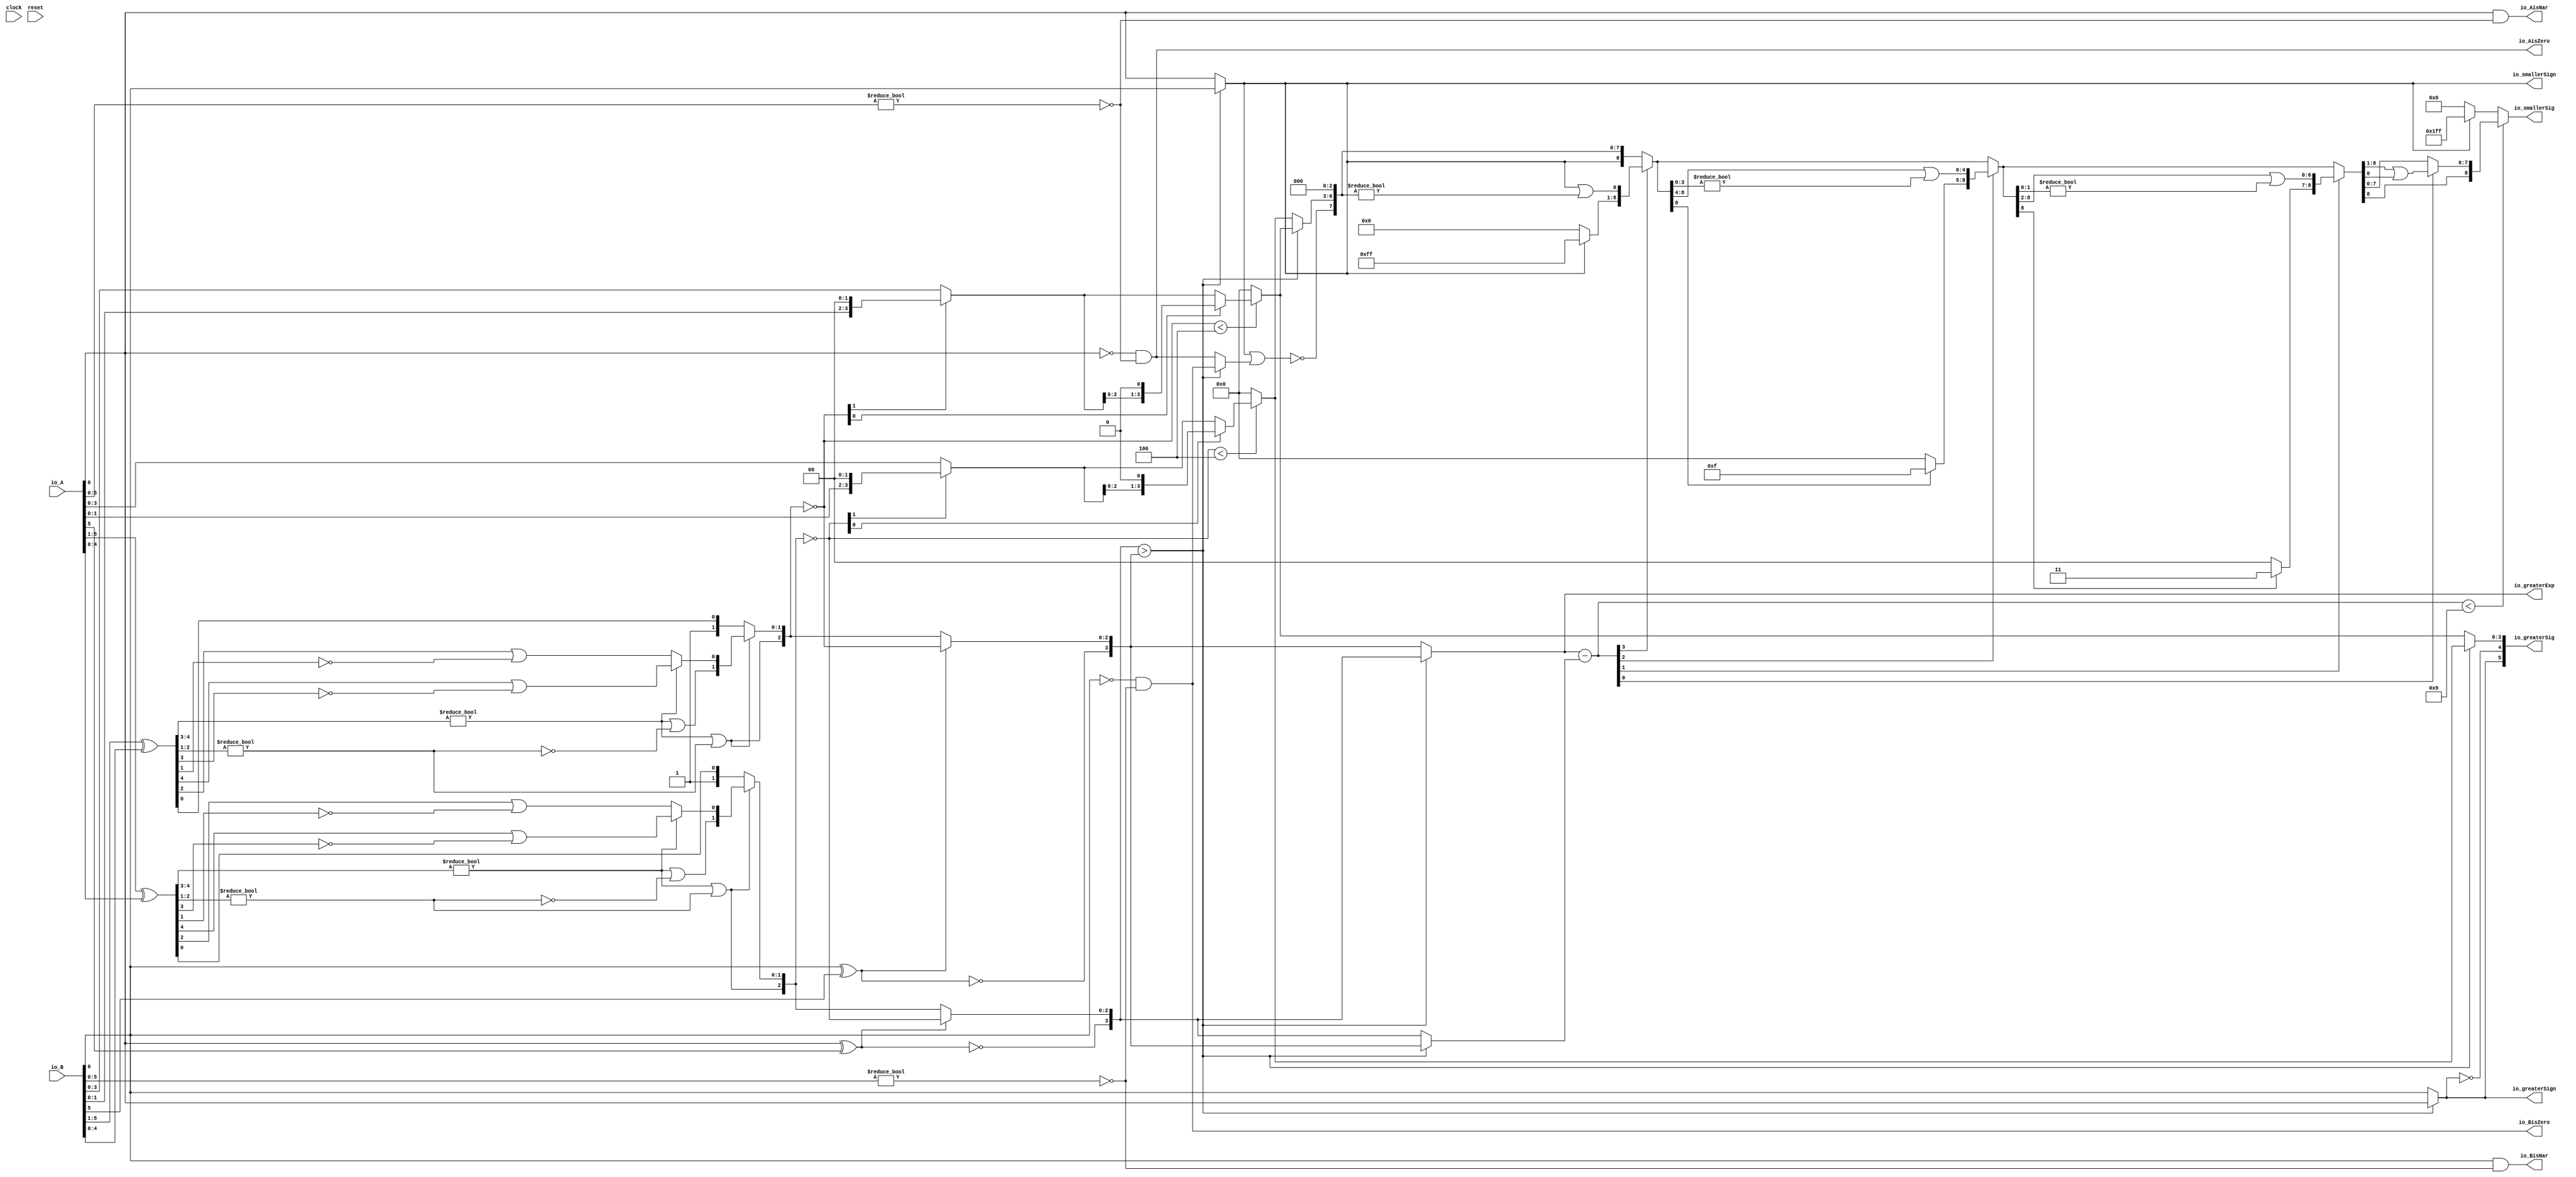
module Sig_op7_0(
  input        clock,
  input        reset,
  input  [6:0] io_A,
  input  [6:0] io_B,
  output       io_greaterSign,
  output       io_smallerSign,
  output [3:0] io_greaterExp,
  output [5:0] io_greaterSig,
  output [8:0] io_smallerSig,
  output       io_AisNar,
  output       io_BisNar,
  output       io_AisZero,
  output       io_BisZero
);
  wire  _T_1; // @[convert.scala 18:24]
  wire  _T_2; // @[convert.scala 18:40]
  wire  _T_3; // @[convert.scala 18:36]
  wire [4:0] _T_4; // @[convert.scala 19:24]
  wire [4:0] _T_5; // @[convert.scala 19:43]
  wire [4:0] _T_6; // @[convert.scala 19:39]
  wire [3:0] _T_7; // @[LZD.scala 43:32]
  wire [1:0] _T_8; // @[LZD.scala 43:32]
  wire  _T_9; // @[LZD.scala 39:14]
  wire  _T_10; // @[LZD.scala 39:21]
  wire  _T_11; // @[LZD.scala 39:30]
  wire  _T_12; // @[LZD.scala 39:27]
  wire  _T_13; // @[LZD.scala 39:25]
  wire [1:0] _T_14; // @[Cat.scala 29:58]
  wire [1:0] _T_15; // @[LZD.scala 44:32]
  wire  _T_16; // @[LZD.scala 39:14]
  wire  _T_17; // @[LZD.scala 39:21]
  wire  _T_18; // @[LZD.scala 39:30]
  wire  _T_19; // @[LZD.scala 39:27]
  wire  _T_20; // @[LZD.scala 39:25]
  wire [1:0] _T_21; // @[Cat.scala 29:58]
  wire  _T_22; // @[Shift.scala 12:21]
  wire  _T_23; // @[Shift.scala 12:21]
  wire  _T_24; // @[LZD.scala 49:16]
  wire  _T_25; // @[LZD.scala 49:27]
  wire  _T_26; // @[LZD.scala 49:25]
  wire  _T_27; // @[LZD.scala 49:47]
  wire  _T_28; // @[LZD.scala 49:59]
  wire  _T_29; // @[LZD.scala 49:35]
  wire [2:0] _T_31; // @[Cat.scala 29:58]
  wire  _T_32; // @[LZD.scala 44:32]
  wire  _T_34; // @[Shift.scala 12:21]
  wire [1:0] _T_36; // @[Cat.scala 29:58]
  wire [1:0] _T_37; // @[LZD.scala 55:32]
  wire [1:0] _T_38; // @[LZD.scala 55:20]
  wire [2:0] _T_39; // @[Cat.scala 29:58]
  wire [2:0] _T_40; // @[convert.scala 21:22]
  wire [3:0] _T_41; // @[convert.scala 22:36]
  wire  _T_42; // @[Shift.scala 16:24]
  wire [1:0] _T_43; // @[Shift.scala 17:37]
  wire  _T_44; // @[Shift.scala 12:21]
  wire [1:0] _T_45; // @[Shift.scala 64:52]
  wire [3:0] _T_47; // @[Cat.scala 29:58]
  wire [3:0] _T_48; // @[Shift.scala 64:27]
  wire  _T_49; // @[Shift.scala 66:70]
  wire [2:0] _T_51; // @[Shift.scala 64:52]
  wire [3:0] _T_52; // @[Cat.scala 29:58]
  wire [3:0] _T_53; // @[Shift.scala 64:27]
  wire [3:0] decA_fraction; // @[Shift.scala 16:10]
  wire  _T_57; // @[convert.scala 25:26]
  wire [2:0] _T_59; // @[convert.scala 25:42]
  wire [3:0] _T_60; // @[Cat.scala 29:58]
  wire [5:0] _T_62; // @[convert.scala 29:56]
  wire  _T_63; // @[convert.scala 29:60]
  wire  _T_64; // @[convert.scala 29:41]
  wire  _T_67; // @[convert.scala 30:19]
  wire  decA_isZero; // @[convert.scala 30:41]
  wire [3:0] decA_scale; // @[convert.scala 32:24]
  wire  _T_76; // @[convert.scala 18:24]
  wire  _T_77; // @[convert.scala 18:40]
  wire  _T_78; // @[convert.scala 18:36]
  wire [4:0] _T_79; // @[convert.scala 19:24]
  wire [4:0] _T_80; // @[convert.scala 19:43]
  wire [4:0] _T_81; // @[convert.scala 19:39]
  wire [3:0] _T_82; // @[LZD.scala 43:32]
  wire [1:0] _T_83; // @[LZD.scala 43:32]
  wire  _T_84; // @[LZD.scala 39:14]
  wire  _T_85; // @[LZD.scala 39:21]
  wire  _T_86; // @[LZD.scala 39:30]
  wire  _T_87; // @[LZD.scala 39:27]
  wire  _T_88; // @[LZD.scala 39:25]
  wire [1:0] _T_89; // @[Cat.scala 29:58]
  wire [1:0] _T_90; // @[LZD.scala 44:32]
  wire  _T_91; // @[LZD.scala 39:14]
  wire  _T_92; // @[LZD.scala 39:21]
  wire  _T_93; // @[LZD.scala 39:30]
  wire  _T_94; // @[LZD.scala 39:27]
  wire  _T_95; // @[LZD.scala 39:25]
  wire [1:0] _T_96; // @[Cat.scala 29:58]
  wire  _T_97; // @[Shift.scala 12:21]
  wire  _T_98; // @[Shift.scala 12:21]
  wire  _T_99; // @[LZD.scala 49:16]
  wire  _T_100; // @[LZD.scala 49:27]
  wire  _T_101; // @[LZD.scala 49:25]
  wire  _T_102; // @[LZD.scala 49:47]
  wire  _T_103; // @[LZD.scala 49:59]
  wire  _T_104; // @[LZD.scala 49:35]
  wire [2:0] _T_106; // @[Cat.scala 29:58]
  wire  _T_107; // @[LZD.scala 44:32]
  wire  _T_109; // @[Shift.scala 12:21]
  wire [1:0] _T_111; // @[Cat.scala 29:58]
  wire [1:0] _T_112; // @[LZD.scala 55:32]
  wire [1:0] _T_113; // @[LZD.scala 55:20]
  wire [2:0] _T_114; // @[Cat.scala 29:58]
  wire [2:0] _T_115; // @[convert.scala 21:22]
  wire [3:0] _T_116; // @[convert.scala 22:36]
  wire  _T_117; // @[Shift.scala 16:24]
  wire [1:0] _T_118; // @[Shift.scala 17:37]
  wire  _T_119; // @[Shift.scala 12:21]
  wire [1:0] _T_120; // @[Shift.scala 64:52]
  wire [3:0] _T_122; // @[Cat.scala 29:58]
  wire [3:0] _T_123; // @[Shift.scala 64:27]
  wire  _T_124; // @[Shift.scala 66:70]
  wire [2:0] _T_126; // @[Shift.scala 64:52]
  wire [3:0] _T_127; // @[Cat.scala 29:58]
  wire [3:0] _T_128; // @[Shift.scala 64:27]
  wire [3:0] decB_fraction; // @[Shift.scala 16:10]
  wire  _T_132; // @[convert.scala 25:26]
  wire [2:0] _T_134; // @[convert.scala 25:42]
  wire [3:0] _T_135; // @[Cat.scala 29:58]
  wire [5:0] _T_137; // @[convert.scala 29:56]
  wire  _T_138; // @[convert.scala 29:60]
  wire  _T_139; // @[convert.scala 29:41]
  wire  _T_142; // @[convert.scala 30:19]
  wire  decB_isZero; // @[convert.scala 30:41]
  wire [3:0] decB_scale; // @[convert.scala 32:24]
  wire  aGTb; // @[Sig_op.scala 38:32]
  wire [3:0] smallerExp; // @[Sig_op.scala 42:24]
  wire [3:0] greaterFrac; // @[Sig_op.scala 43:24]
  wire [3:0] smallerFrac; // @[Sig_op.scala 44:24]
  wire  smallerZero; // @[Sig_op.scala 45:24]
  wire [3:0] _T_154; // @[Sig_op.scala 46:35]
  wire [3:0] scale_diff; // @[Sig_op.scala 46:35]
  wire  _T_155; // @[Sig_op.scala 51:53]
  wire  _T_156; // @[Sig_op.scala 51:36]
  wire [8:0] _T_159; // @[Cat.scala 29:58]
  wire [3:0] _T_160; // @[Sig_op.scala 51:124]
  wire  _T_161; // @[Shift.scala 39:24]
  wire  _T_163; // @[Shift.scala 90:30]
  wire [7:0] _T_164; // @[Shift.scala 90:48]
  wire  _T_165; // @[Shift.scala 90:57]
  wire  _T_166; // @[Shift.scala 90:39]
  wire  _T_167; // @[Shift.scala 12:21]
  wire  _T_168; // @[Shift.scala 12:21]
  wire [7:0] _T_170; // @[Bitwise.scala 71:12]
  wire [8:0] _T_171; // @[Cat.scala 29:58]
  wire [8:0] _T_172; // @[Shift.scala 91:22]
  wire [2:0] _T_173; // @[Shift.scala 92:77]
  wire [4:0] _T_174; // @[Shift.scala 90:30]
  wire [3:0] _T_175; // @[Shift.scala 90:48]
  wire  _T_176; // @[Shift.scala 90:57]
  wire [4:0] _GEN_0; // @[Shift.scala 90:39]
  wire [4:0] _T_177; // @[Shift.scala 90:39]
  wire  _T_178; // @[Shift.scala 12:21]
  wire  _T_179; // @[Shift.scala 12:21]
  wire [3:0] _T_181; // @[Bitwise.scala 71:12]
  wire [8:0] _T_182; // @[Cat.scala 29:58]
  wire [8:0] _T_183; // @[Shift.scala 91:22]
  wire [1:0] _T_184; // @[Shift.scala 92:77]
  wire [6:0] _T_185; // @[Shift.scala 90:30]
  wire [1:0] _T_186; // @[Shift.scala 90:48]
  wire  _T_187; // @[Shift.scala 90:57]
  wire [6:0] _GEN_1; // @[Shift.scala 90:39]
  wire [6:0] _T_188; // @[Shift.scala 90:39]
  wire  _T_189; // @[Shift.scala 12:21]
  wire  _T_190; // @[Shift.scala 12:21]
  wire [1:0] _T_192; // @[Bitwise.scala 71:12]
  wire [8:0] _T_193; // @[Cat.scala 29:58]
  wire [8:0] _T_194; // @[Shift.scala 91:22]
  wire  _T_195; // @[Shift.scala 92:77]
  wire [7:0] _T_196; // @[Shift.scala 90:30]
  wire  _T_197; // @[Shift.scala 90:48]
  wire [7:0] _GEN_2; // @[Shift.scala 90:39]
  wire [7:0] _T_199; // @[Shift.scala 90:39]
  wire  _T_201; // @[Shift.scala 12:21]
  wire [8:0] _T_202; // @[Cat.scala 29:58]
  wire [8:0] _T_203; // @[Shift.scala 91:22]
  wire [8:0] _T_206; // @[Bitwise.scala 71:12]
  wire  _T_207; // @[Sig_op.scala 57:40]
  wire [1:0] _T_208; // @[Cat.scala 29:58]
  assign _T_1 = io_A[6]; // @[convert.scala 18:24]
  assign _T_2 = io_A[5]; // @[convert.scala 18:40]
  assign _T_3 = _T_1 ^ _T_2; // @[convert.scala 18:36]
  assign _T_4 = io_A[5:1]; // @[convert.scala 19:24]
  assign _T_5 = io_A[4:0]; // @[convert.scala 19:43]
  assign _T_6 = _T_4 ^ _T_5; // @[convert.scala 19:39]
  assign _T_7 = _T_6[4:1]; // @[LZD.scala 43:32]
  assign _T_8 = _T_7[3:2]; // @[LZD.scala 43:32]
  assign _T_9 = _T_8 != 2'h0; // @[LZD.scala 39:14]
  assign _T_10 = _T_8[1]; // @[LZD.scala 39:21]
  assign _T_11 = _T_8[0]; // @[LZD.scala 39:30]
  assign _T_12 = ~ _T_11; // @[LZD.scala 39:27]
  assign _T_13 = _T_10 | _T_12; // @[LZD.scala 39:25]
  assign _T_14 = {_T_9,_T_13}; // @[Cat.scala 29:58]
  assign _T_15 = _T_7[1:0]; // @[LZD.scala 44:32]
  assign _T_16 = _T_15 != 2'h0; // @[LZD.scala 39:14]
  assign _T_17 = _T_15[1]; // @[LZD.scala 39:21]
  assign _T_18 = _T_15[0]; // @[LZD.scala 39:30]
  assign _T_19 = ~ _T_18; // @[LZD.scala 39:27]
  assign _T_20 = _T_17 | _T_19; // @[LZD.scala 39:25]
  assign _T_21 = {_T_16,_T_20}; // @[Cat.scala 29:58]
  assign _T_22 = _T_14[1]; // @[Shift.scala 12:21]
  assign _T_23 = _T_21[1]; // @[Shift.scala 12:21]
  assign _T_24 = _T_22 | _T_23; // @[LZD.scala 49:16]
  assign _T_25 = ~ _T_23; // @[LZD.scala 49:27]
  assign _T_26 = _T_22 | _T_25; // @[LZD.scala 49:25]
  assign _T_27 = _T_14[0:0]; // @[LZD.scala 49:47]
  assign _T_28 = _T_21[0:0]; // @[LZD.scala 49:59]
  assign _T_29 = _T_22 ? _T_27 : _T_28; // @[LZD.scala 49:35]
  assign _T_31 = {_T_24,_T_26,_T_29}; // @[Cat.scala 29:58]
  assign _T_32 = _T_6[0:0]; // @[LZD.scala 44:32]
  assign _T_34 = _T_31[2]; // @[Shift.scala 12:21]
  assign _T_36 = {1'h1,_T_32}; // @[Cat.scala 29:58]
  assign _T_37 = _T_31[1:0]; // @[LZD.scala 55:32]
  assign _T_38 = _T_34 ? _T_37 : _T_36; // @[LZD.scala 55:20]
  assign _T_39 = {_T_34,_T_38}; // @[Cat.scala 29:58]
  assign _T_40 = ~ _T_39; // @[convert.scala 21:22]
  assign _T_41 = io_A[3:0]; // @[convert.scala 22:36]
  assign _T_42 = _T_40 < 3'h4; // @[Shift.scala 16:24]
  assign _T_43 = _T_40[1:0]; // @[Shift.scala 17:37]
  assign _T_44 = _T_43[1]; // @[Shift.scala 12:21]
  assign _T_45 = _T_41[1:0]; // @[Shift.scala 64:52]
  assign _T_47 = {_T_45,2'h0}; // @[Cat.scala 29:58]
  assign _T_48 = _T_44 ? _T_47 : _T_41; // @[Shift.scala 64:27]
  assign _T_49 = _T_43[0:0]; // @[Shift.scala 66:70]
  assign _T_51 = _T_48[2:0]; // @[Shift.scala 64:52]
  assign _T_52 = {_T_51,1'h0}; // @[Cat.scala 29:58]
  assign _T_53 = _T_49 ? _T_52 : _T_48; // @[Shift.scala 64:27]
  assign decA_fraction = _T_42 ? _T_53 : 4'h0; // @[Shift.scala 16:10]
  assign _T_57 = _T_3 == 1'h0; // @[convert.scala 25:26]
  assign _T_59 = _T_3 ? _T_40 : _T_39; // @[convert.scala 25:42]
  assign _T_60 = {_T_57,_T_59}; // @[Cat.scala 29:58]
  assign _T_62 = io_A[5:0]; // @[convert.scala 29:56]
  assign _T_63 = _T_62 != 6'h0; // @[convert.scala 29:60]
  assign _T_64 = ~ _T_63; // @[convert.scala 29:41]
  assign _T_67 = _T_1 == 1'h0; // @[convert.scala 30:19]
  assign decA_isZero = _T_67 & _T_64; // @[convert.scala 30:41]
  assign decA_scale = $signed(_T_60); // @[convert.scala 32:24]
  assign _T_76 = io_B[6]; // @[convert.scala 18:24]
  assign _T_77 = io_B[5]; // @[convert.scala 18:40]
  assign _T_78 = _T_76 ^ _T_77; // @[convert.scala 18:36]
  assign _T_79 = io_B[5:1]; // @[convert.scala 19:24]
  assign _T_80 = io_B[4:0]; // @[convert.scala 19:43]
  assign _T_81 = _T_79 ^ _T_80; // @[convert.scala 19:39]
  assign _T_82 = _T_81[4:1]; // @[LZD.scala 43:32]
  assign _T_83 = _T_82[3:2]; // @[LZD.scala 43:32]
  assign _T_84 = _T_83 != 2'h0; // @[LZD.scala 39:14]
  assign _T_85 = _T_83[1]; // @[LZD.scala 39:21]
  assign _T_86 = _T_83[0]; // @[LZD.scala 39:30]
  assign _T_87 = ~ _T_86; // @[LZD.scala 39:27]
  assign _T_88 = _T_85 | _T_87; // @[LZD.scala 39:25]
  assign _T_89 = {_T_84,_T_88}; // @[Cat.scala 29:58]
  assign _T_90 = _T_82[1:0]; // @[LZD.scala 44:32]
  assign _T_91 = _T_90 != 2'h0; // @[LZD.scala 39:14]
  assign _T_92 = _T_90[1]; // @[LZD.scala 39:21]
  assign _T_93 = _T_90[0]; // @[LZD.scala 39:30]
  assign _T_94 = ~ _T_93; // @[LZD.scala 39:27]
  assign _T_95 = _T_92 | _T_94; // @[LZD.scala 39:25]
  assign _T_96 = {_T_91,_T_95}; // @[Cat.scala 29:58]
  assign _T_97 = _T_89[1]; // @[Shift.scala 12:21]
  assign _T_98 = _T_96[1]; // @[Shift.scala 12:21]
  assign _T_99 = _T_97 | _T_98; // @[LZD.scala 49:16]
  assign _T_100 = ~ _T_98; // @[LZD.scala 49:27]
  assign _T_101 = _T_97 | _T_100; // @[LZD.scala 49:25]
  assign _T_102 = _T_89[0:0]; // @[LZD.scala 49:47]
  assign _T_103 = _T_96[0:0]; // @[LZD.scala 49:59]
  assign _T_104 = _T_97 ? _T_102 : _T_103; // @[LZD.scala 49:35]
  assign _T_106 = {_T_99,_T_101,_T_104}; // @[Cat.scala 29:58]
  assign _T_107 = _T_81[0:0]; // @[LZD.scala 44:32]
  assign _T_109 = _T_106[2]; // @[Shift.scala 12:21]
  assign _T_111 = {1'h1,_T_107}; // @[Cat.scala 29:58]
  assign _T_112 = _T_106[1:0]; // @[LZD.scala 55:32]
  assign _T_113 = _T_109 ? _T_112 : _T_111; // @[LZD.scala 55:20]
  assign _T_114 = {_T_109,_T_113}; // @[Cat.scala 29:58]
  assign _T_115 = ~ _T_114; // @[convert.scala 21:22]
  assign _T_116 = io_B[3:0]; // @[convert.scala 22:36]
  assign _T_117 = _T_115 < 3'h4; // @[Shift.scala 16:24]
  assign _T_118 = _T_115[1:0]; // @[Shift.scala 17:37]
  assign _T_119 = _T_118[1]; // @[Shift.scala 12:21]
  assign _T_120 = _T_116[1:0]; // @[Shift.scala 64:52]
  assign _T_122 = {_T_120,2'h0}; // @[Cat.scala 29:58]
  assign _T_123 = _T_119 ? _T_122 : _T_116; // @[Shift.scala 64:27]
  assign _T_124 = _T_118[0:0]; // @[Shift.scala 66:70]
  assign _T_126 = _T_123[2:0]; // @[Shift.scala 64:52]
  assign _T_127 = {_T_126,1'h0}; // @[Cat.scala 29:58]
  assign _T_128 = _T_124 ? _T_127 : _T_123; // @[Shift.scala 64:27]
  assign decB_fraction = _T_117 ? _T_128 : 4'h0; // @[Shift.scala 16:10]
  assign _T_132 = _T_78 == 1'h0; // @[convert.scala 25:26]
  assign _T_134 = _T_78 ? _T_115 : _T_114; // @[convert.scala 25:42]
  assign _T_135 = {_T_132,_T_134}; // @[Cat.scala 29:58]
  assign _T_137 = io_B[5:0]; // @[convert.scala 29:56]
  assign _T_138 = _T_137 != 6'h0; // @[convert.scala 29:60]
  assign _T_139 = ~ _T_138; // @[convert.scala 29:41]
  assign _T_142 = _T_76 == 1'h0; // @[convert.scala 30:19]
  assign decB_isZero = _T_142 & _T_139; // @[convert.scala 30:41]
  assign decB_scale = $signed(_T_135); // @[convert.scala 32:24]
  assign aGTb = $signed(decA_scale) > $signed(decB_scale); // @[Sig_op.scala 38:32]
  assign smallerExp = aGTb ? $signed(decB_scale) : $signed(decA_scale); // @[Sig_op.scala 42:24]
  assign greaterFrac = aGTb ? decA_fraction : decB_fraction; // @[Sig_op.scala 43:24]
  assign smallerFrac = aGTb ? decB_fraction : decA_fraction; // @[Sig_op.scala 44:24]
  assign smallerZero = aGTb ? decB_isZero : decA_isZero; // @[Sig_op.scala 45:24]
  assign _T_154 = $signed(io_greaterExp) - $signed(smallerExp); // @[Sig_op.scala 46:35]
  assign scale_diff = $signed(_T_154); // @[Sig_op.scala 46:35]
  assign _T_155 = io_smallerSign | smallerZero; // @[Sig_op.scala 51:53]
  assign _T_156 = ~ _T_155; // @[Sig_op.scala 51:36]
  assign _T_159 = {io_smallerSign,_T_156,smallerFrac,3'h0}; // @[Cat.scala 29:58]
  assign _T_160 = $unsigned(scale_diff); // @[Sig_op.scala 51:124]
  assign _T_161 = _T_160 < 4'h9; // @[Shift.scala 39:24]
  assign _T_163 = _T_159[8:8]; // @[Shift.scala 90:30]
  assign _T_164 = _T_159[7:0]; // @[Shift.scala 90:48]
  assign _T_165 = _T_164 != 8'h0; // @[Shift.scala 90:57]
  assign _T_166 = _T_163 | _T_165; // @[Shift.scala 90:39]
  assign _T_167 = _T_160[3]; // @[Shift.scala 12:21]
  assign _T_168 = _T_159[8]; // @[Shift.scala 12:21]
  assign _T_170 = _T_168 ? 8'hff : 8'h0; // @[Bitwise.scala 71:12]
  assign _T_171 = {_T_170,_T_166}; // @[Cat.scala 29:58]
  assign _T_172 = _T_167 ? _T_171 : _T_159; // @[Shift.scala 91:22]
  assign _T_173 = _T_160[2:0]; // @[Shift.scala 92:77]
  assign _T_174 = _T_172[8:4]; // @[Shift.scala 90:30]
  assign _T_175 = _T_172[3:0]; // @[Shift.scala 90:48]
  assign _T_176 = _T_175 != 4'h0; // @[Shift.scala 90:57]
  assign _GEN_0 = {{4'd0}, _T_176}; // @[Shift.scala 90:39]
  assign _T_177 = _T_174 | _GEN_0; // @[Shift.scala 90:39]
  assign _T_178 = _T_173[2]; // @[Shift.scala 12:21]
  assign _T_179 = _T_172[8]; // @[Shift.scala 12:21]
  assign _T_181 = _T_179 ? 4'hf : 4'h0; // @[Bitwise.scala 71:12]
  assign _T_182 = {_T_181,_T_177}; // @[Cat.scala 29:58]
  assign _T_183 = _T_178 ? _T_182 : _T_172; // @[Shift.scala 91:22]
  assign _T_184 = _T_173[1:0]; // @[Shift.scala 92:77]
  assign _T_185 = _T_183[8:2]; // @[Shift.scala 90:30]
  assign _T_186 = _T_183[1:0]; // @[Shift.scala 90:48]
  assign _T_187 = _T_186 != 2'h0; // @[Shift.scala 90:57]
  assign _GEN_1 = {{6'd0}, _T_187}; // @[Shift.scala 90:39]
  assign _T_188 = _T_185 | _GEN_1; // @[Shift.scala 90:39]
  assign _T_189 = _T_184[1]; // @[Shift.scala 12:21]
  assign _T_190 = _T_183[8]; // @[Shift.scala 12:21]
  assign _T_192 = _T_190 ? 2'h3 : 2'h0; // @[Bitwise.scala 71:12]
  assign _T_193 = {_T_192,_T_188}; // @[Cat.scala 29:58]
  assign _T_194 = _T_189 ? _T_193 : _T_183; // @[Shift.scala 91:22]
  assign _T_195 = _T_184[0:0]; // @[Shift.scala 92:77]
  assign _T_196 = _T_194[8:1]; // @[Shift.scala 90:30]
  assign _T_197 = _T_194[0:0]; // @[Shift.scala 90:48]
  assign _GEN_2 = {{7'd0}, _T_197}; // @[Shift.scala 90:39]
  assign _T_199 = _T_196 | _GEN_2; // @[Shift.scala 90:39]
  assign _T_201 = _T_194[8]; // @[Shift.scala 12:21]
  assign _T_202 = {_T_201,_T_199}; // @[Cat.scala 29:58]
  assign _T_203 = _T_195 ? _T_202 : _T_194; // @[Shift.scala 91:22]
  assign _T_206 = _T_168 ? 9'h1ff : 9'h0; // @[Bitwise.scala 71:12]
  assign _T_207 = ~ io_greaterSign; // @[Sig_op.scala 57:40]
  assign _T_208 = {io_greaterSign,_T_207}; // @[Cat.scala 29:58]
  assign io_greaterSign = aGTb ? _T_1 : _T_76; // @[Sig_op.scala 39:18]
  assign io_smallerSign = aGTb ? _T_76 : _T_1; // @[Sig_op.scala 40:18]
  assign io_greaterExp = aGTb ? $signed(decA_scale) : $signed(decB_scale); // @[Sig_op.scala 41:18]
  assign io_greaterSig = {_T_208,greaterFrac}; // @[Sig_op.scala 57:17]
  assign io_smallerSig = _T_161 ? _T_203 : _T_206; // @[Sig_op.scala 52:17]
  assign io_AisNar = _T_1 & _T_64; // @[Sig_op.scala 47:13]
  assign io_BisNar = _T_76 & _T_139; // @[Sig_op.scala 48:13]
  assign io_AisZero = _T_67 & _T_64; // @[Sig_op.scala 49:14]
  assign io_BisZero = _T_142 & _T_139; // @[Sig_op.scala 50:14]
endmodule